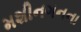
મશીનગનના